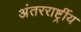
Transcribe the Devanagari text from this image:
अंतररार्ष्ट्रीय